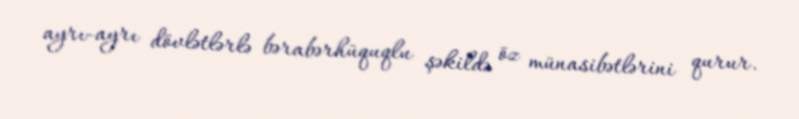
ayrı-ayrı dövlətlərlə bərabərhüquqlu şəkildə öz münasibətlərini qurur.